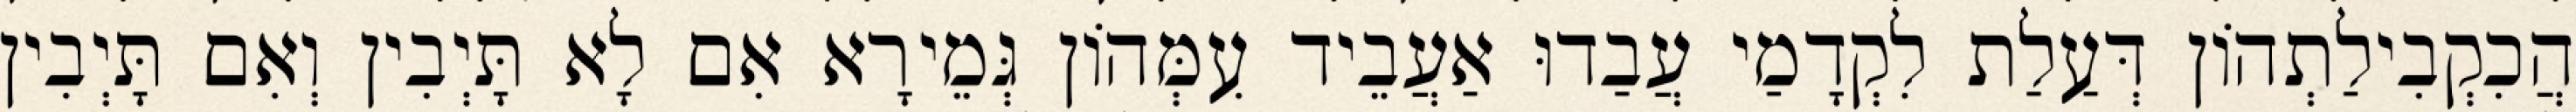
הֲכִקְבִילַתְהוֹן דְּעַלַת לִקְדָמַי עֲבַדוּ אַעֲבֵיד עִמְּהוֹן גְּמֵירָא אִם לָא תָּיְבִין וְאִם תָּיְבִין